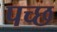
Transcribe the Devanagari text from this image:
पच्‍छ